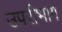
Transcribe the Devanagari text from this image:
उपरीभाग